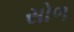
સોળ